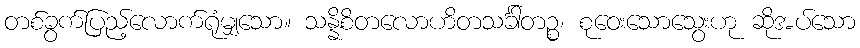
တစ်ခွက်ပြည့်လောက်ရုံမျှသော။ သန္နိစိတလောဟိတသင်္ခါတဉ္စ၊ စုဝေးသောသွေးဟု ဆိုအပ်သော